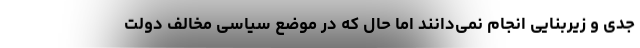
جدی و زیربنایی انجام نمی‌دانند اما حال که در موضع سیاسی مخالف دولت